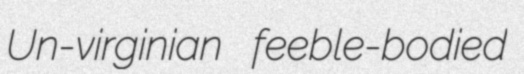
Un-virginian feeble-bodied